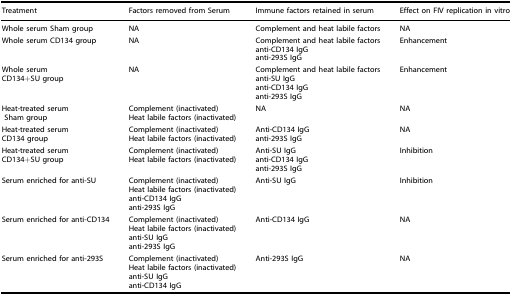
<table><thead><tr><td><b>Treatment</b></td><td><b>Factors removed from Serum</b></td><td><b>Immune factors retained in serum</b></td><td><b>Effect on FIV replication in vitro</b></td></tr></thead><tbody><tr><td>Whole serum Sham group</td><td>NA</td><td>Complement and heat labile factors</td><td>NA</td></tr><tr><td>Whole serum CD134 group</td><td>NA</td><td>Complement and heat labile factorsanti-CD134 IgGanti-293S IgG</td><td>Enhancement</td></tr><tr><td>Whole serumCD134+SU group</td><td>NA</td><td>Complement and heat labile factorsanti-SU IgGanti-CD134 IgGanti-293S IgG</td><td>Enhancement</td></tr><tr><td>Heat-treated serum Sham group</td><td>Complement (inactivated)Heat labile factors (inactivated)</td><td>NA</td><td>NA</td></tr><tr><td>Heat-treated serumCD134 group</td><td>Complement (inactivated)Heat labile factors (inactivated)</td><td>Anti-CD134 IgGanti-293S IgG</td><td>NA</td></tr><tr><td>Heat-treated serumCD134+SU group</td><td>Complement (inactivated)Heat labile factors (inactivated)</td><td>Anti-SU IgGanti-CD134 IgGanti-293S IgG</td><td>Inhibition</td></tr><tr><td>Serum enriched for anti-SU</td><td>Complement (inactivated)Heat labile factors (inactivated)anti-CD134 IgGanti-293S IgG</td><td>Anti-SU IgG</td><td>Inhibition</td></tr><tr><td>Serum enriched for anti-CD134</td><td>Complement (inactivated)Heat labile factors (inactivated)anti-SU IgGanti-293S IgG</td><td>Anti-CD134 IgG</td><td>NA</td></tr><tr><td>Serum enriched for anti-293S</td><td>Complement (inactivated)Heat labile factors (inactivated)anti-SU IgGanti-CD134 IgG</td><td>Anti-293S IgG</td><td>NA</td></tr></tbody></table>